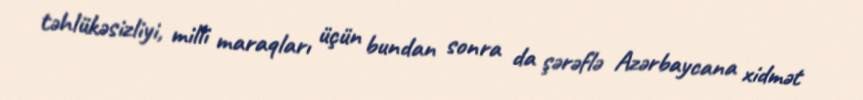
təhlükəsizliyi, milli maraqları üçün bundan sonra da şərəflə Azərbaycana xidmət